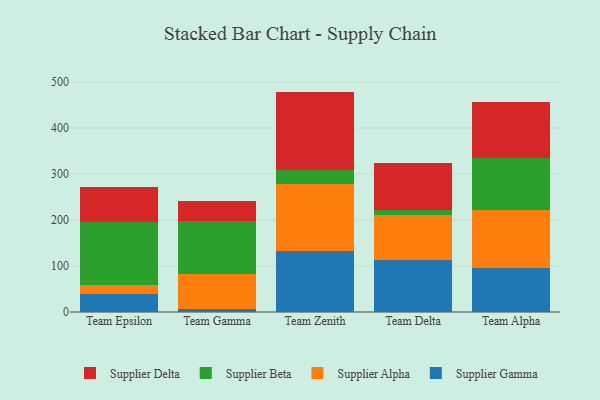
{"axis": {"x": "Team", "y": "Page Views"}, "legend": ["Supplier Alpha", "Supplier Beta", "Supplier Delta", "Supplier Gamma"], "data": [{"x": "Team Epsilon", "y": 38.4, "type": "Supplier Gamma"}, {"x": "Team Epsilon", "y": 19.9, "type": "Supplier Alpha"}, {"x": "Team Epsilon", "y": 138.2, "type": "Supplier Beta"}, {"x": "Team Epsilon", "y": 74.5, "type": "Supplier Delta"}, {"x": "Team Gamma", "y": 6.5, "type": "Supplier Gamma"}, {"x": "Team Gamma", "y": 75.5, "type": "Supplier Alpha"}, {"x": "Team Gamma", "y": 116.1, "type": "Supplier Beta"}, {"x": "Team Gamma", "y": 42.2, "type": "Supplier Delta"}, {"x": "Team Zenith", "y": 132.7, "type": "Supplier Gamma"}, {"x": "Team Zenith", "y": 144.6, "type": "Supplier Alpha"}, {"x": "Team Zenith", "y": 31.8, "type": "Supplier Beta"}, {"x": "Team Zenith", "y": 170.1, "type": "Supplier Delta"}, {"x": "Team Delta", "y": 112.9, "type": "Supplier Gamma"}, {"x": "Team Delta", "y": 97.1, "type": "Supplier Alpha"}, {"x": "Team Delta", "y": 10.8, "type": "Supplier Beta"}, {"x": "Team Delta", "y": 103.0, "type": "Supplier Delta"}, {"x": "Team Alpha", "y": 96.6, "type": "Supplier Gamma"}, {"x": "Team Alpha", "y": 124.6, "type": "Supplier Alpha"}, {"x": "Team Alpha", "y": 114.5, "type": "Supplier Beta"}, {"x": "Team Alpha", "y": 120.5, "type": "Supplier Delta"}]}